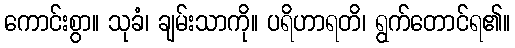
ကောင်းစွာ။ သုခံ၊ ချမ်းသာကို။ ပရိဟာရတိ၊ ရွက်တောင်ရ၏။